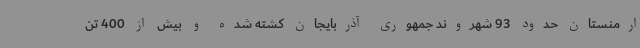
ارمنستان حدود 93 شهروند جمهوری آذربایجان کشته شده و بیش از 400 تن